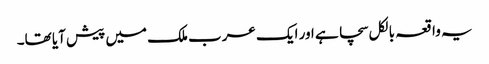
یہ واقعہ بالکل سچا ہے اور ایک عرب ملک میں پیش آیا تھا۔